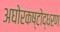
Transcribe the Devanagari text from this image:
अघोरकष्टोद्धरण